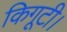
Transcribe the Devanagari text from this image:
किगूटी।